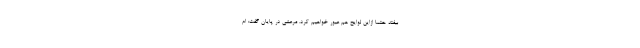
بیفتد حتما ازاین لوایح هم عبور خواهیم کرد. مرعشی در پایان گفت: ام